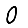
Digit: 0